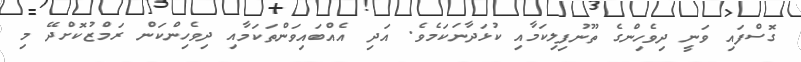
ގޮސްފައި ވަނީ ދިވެހިންގެ ތޫނުފިލިކަމާއި ކުޅަދާނަކަމެވެ. އަދި އެއްބައިވަންތަކަމާއި ދިވެހިންކަން ރަމްޒުކޮށްދޭ މި